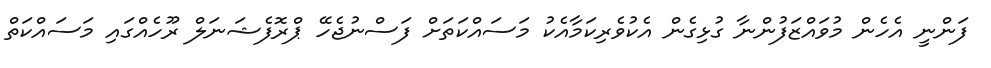
ފަންނީ އެހެން މުވައްޒަފުންނާ ގުޅިގެން އެކުވެރިކަމާއެކު މަސައްކަތަށް ފަސްނުޖެހޭ ޕްރޮފެޝަނަލް ރޫހެއްގައި މަސައްކަތް